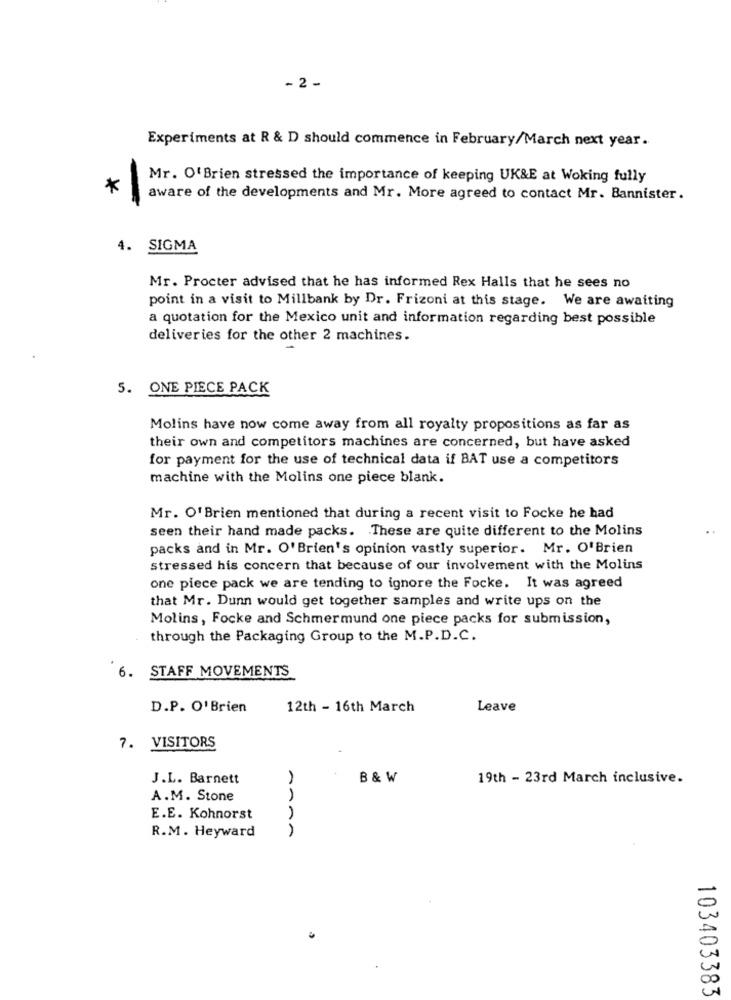
- 2 -
Experiments at R & D should commence in February/March next year.
Mr. O' Brien stressed the importance of keeping UK&E at Woking fully
*
-
aware of the developments and Mr. More agreed to contact Mr. Bannister.
4. SIGMA
Mr. Procter advised that he has informed Rex Halls that he sees no
point in a visit to Millbank by Dr. Frizoni at this stage. We are awaiting
a quotation for the Mexico unit and information regarding best possible
deliveries for the other 2 machines.
5. ONE PIECE PACK
Molins have now come away from all royalty propositions as far as
their own and competitors machines are concerned, but have asked
for payment for the use of technical data if BAT use a competitors
machine with the Molins one piece blank.
Mr. Of Brien mentioned that during a recent visit to Focke he had
seen their hand made packs. These are quite different to the Molins
packs and in Mr. O' Brien's opinion vastly superior. Mr. O'Brien
stressed his concern that because of our involvement with the Molins
one piece pack we are tending to ignore the Focke. It was agreed
that Mr. Dunn would get together samples and write ups on the
Molins, Focke and Schmermund one piece packs for submission,
through the Packaging Group to the M.P.D.C.
6. STAFF MOVEMENTS
D.P. O' Brien
12th - 16th March
Leave
7. VISITORS
J.L. Barnett
B & W
19th - 23rd March inclusive.
A.M. Stone
E.E. Kohnorst
R.M. Heyward
103403383